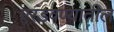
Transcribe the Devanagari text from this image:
एरंडवण्यातील